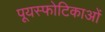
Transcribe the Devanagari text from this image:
पूयस्फोटिकाओं